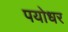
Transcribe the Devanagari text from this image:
पयोधर